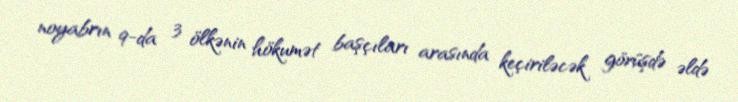
noyabrın 9-da 3 ölkənin hökumət başçıları arasında keçiriləcək görüşdə əldə